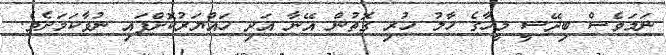
ނަމަވެސް ބިދޭސީ މީހާގެ ހާލު ހުރި ގޮތުން އޭނާ އަދި ހައްޔަރުކޮށްފައި ނުވާކަމަށެވެ.